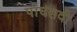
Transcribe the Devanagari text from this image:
पांघरावी